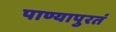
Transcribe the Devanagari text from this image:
पाण्यापुरतं